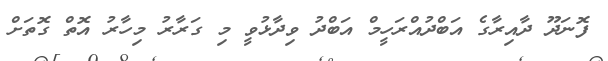
ފޮނަދޫ ދާއިރާގެ އަބްދުއްރަހީމް އަބްދު ވިދާޅުވީ މި ގަރާރު މިހާރު އޮތް ގޮތަށް